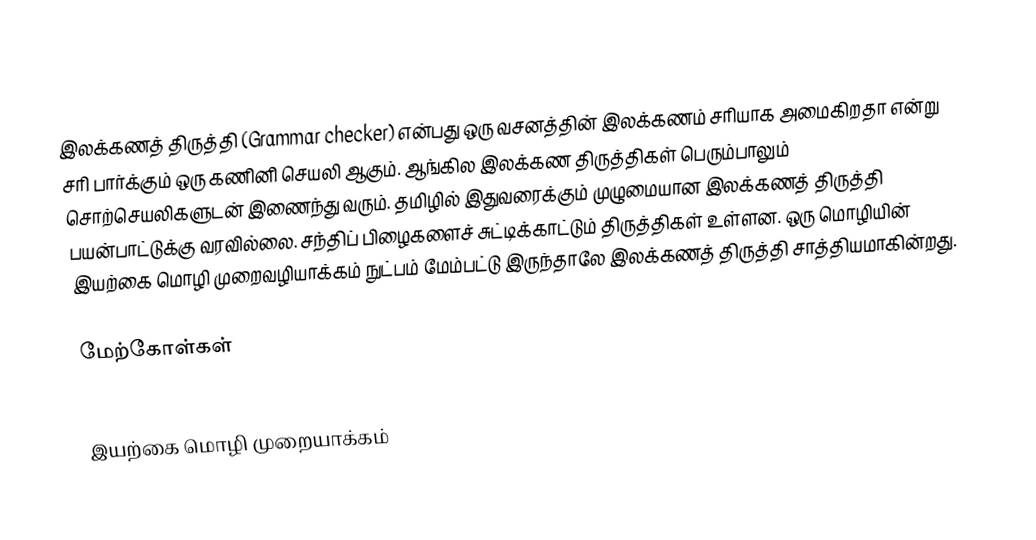
இலக்கணத் திருத்தி (Grammar checker) என்பது ஒரு வசனத்தின் இலக்கணம் சரியாக அமைகிறதா என்று சரி பார்க்கும் ஒரு கணினி செயலி ஆகும். ஆங்கில இலக்கண திருத்திகள் பெரும்பாலும்  சொற்செயலிகளுடன் இணைந்து வரும்.  தமிழில் இதுவரைக்கும் முழுமையான இலக்கணத் திருத்தி பயன்பாட்டுக்கு வரவில்லை. சந்திப் பிழைகளைச் சுட்டிக்காட்டும் திருத்திகள் உள்ளன. ஒரு மொழியின் இயற்கை மொழி முறைவழியாக்கம் நுட்பம் மேம்பட்டு இருந்தாலே இலக்கணத் திருத்தி சாத்தியமாகின்றது.

மேற்கோள்கள்

இயற்கை மொழி முறையாக்கம்